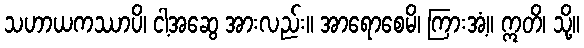
သဟာယကဿာပိ၊ ငါ့အဆွေ အားလည်း။ အာရောစေမိ၊ ကြားအံ့။ ဣတိ၊ သို့။